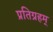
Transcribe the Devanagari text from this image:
प्रतिग्रहम्